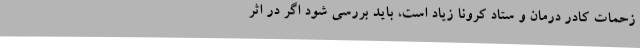
زحمات کادر درمان و ستاد کرونا زیاد است، باید بررسی شود اگر در اثر